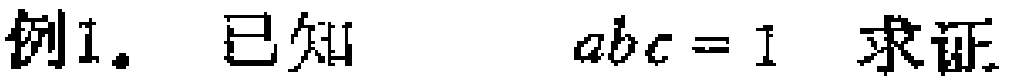
例1. 已知 \(abc = 1\) 求证